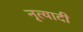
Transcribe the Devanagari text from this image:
नृत्यादी